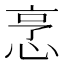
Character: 𢚟